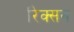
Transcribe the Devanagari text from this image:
रिक्सन